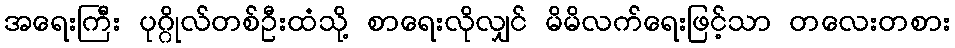
အရေးကြီး ပုဂ္ဂိုလ်တစ်ဦးထံသို့ စာရေးလိုလျှင် မိမိလက်ရေးဖြင့်သာ တလေးတစား